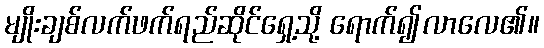
မျိုးချစ်လက်ဖက်ရည်ဆိုင်ရှေ့သို့ ရောက်၍လာလေ၏။